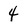
Character: 4